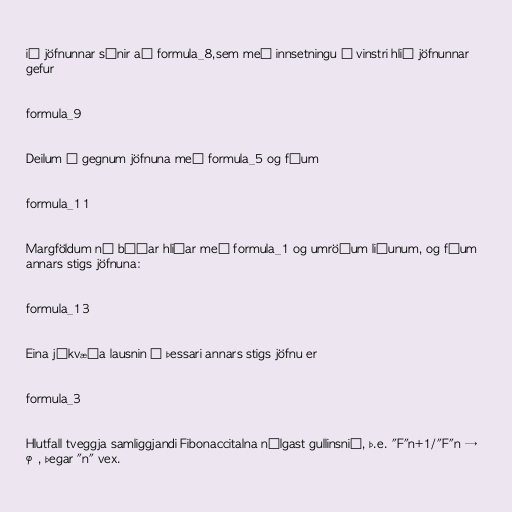
ið jöfnunnar sýnir að formula_8,sem með innsetningu í vinstri hlið jöfnunnar
gefur

formula_9

Deilum í gegnum jöfnuna með formula_5 og fáum

formula_11

Margföldum nú báðar hliðar með formula_1 og umröðum liðunum, og fáum
annars stigs jöfnuna:

formula_13

Eina jákvæða lausnin á þessari annars stigs jöfnu er

formula_3

Hlutfall tveggja samliggjandi Fibonaccitalna nálgast gullinsnið, þ.e. "F"n+1/"F"n →
φ, þegar "n" vex.